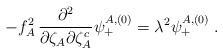
LaTeX: \begin{align*}-f_A^2\,{\partial^2\over \partial\zeta_A\partial\zeta_A^c}\psi^{A,(0)}_+=\lambda^2\psi^{A,(0)}_+\;.\end{align*}